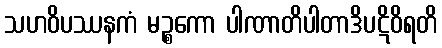
သဟဝိပဿနကံ မဉ္စကော ပါဏာတိပါတာဒိပဋိဝိရတိ